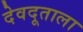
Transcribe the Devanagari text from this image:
देवदूताला